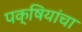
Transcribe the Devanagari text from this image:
पक्षियांचा